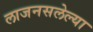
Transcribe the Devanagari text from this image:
लाजनसलेल्या